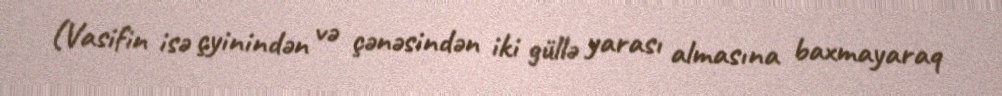
(Vasifin isə çyinindən və çənəsindən iki güllə yarası almasına baxmayaraq